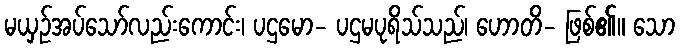
မယှဉ်အပ်သော်လည်းကောင်း၊ ပဌမော- ပဌမပုရိသ်သည်၊ ဟောတိ- ဖြစ်၏။ သော